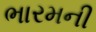
ભારમની